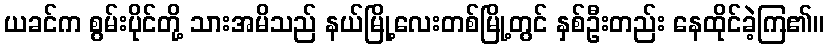
ယခင်က စွမ်းပိုင်တို့ သားအမိသည် နယ်မြို့လေးတစ်မြို့တွင် နှစ်ဦးတည်း နေထိုင်ခဲ့ကြ၏။